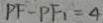
P F - P F _ { 1 } = 4